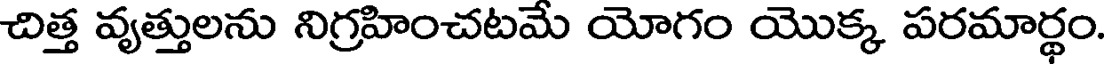
చిత్త వ్యత్తులను నిగ్రహించటమే యోగం యొక్క పరమార్థం